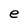
Character: e